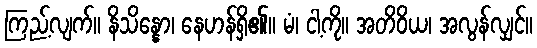
ကြည့်လျက်။ နိသိန္နော၊ နေဟန်ရှိ၏။ မံ၊ ငါ့ကို။ အတိဝိယ၊ အလွန်လျှင်။